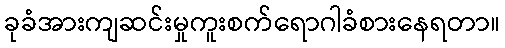
ခုခံအားကျဆင်းမှုကူးစက်ရောဂါခံစားနေရတာ။